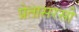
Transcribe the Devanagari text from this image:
प्रेतासरसी